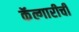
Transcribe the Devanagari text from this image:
कॅल्गारीची